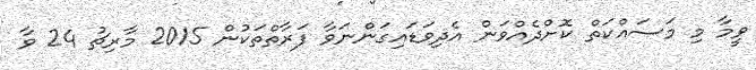
ވީމާ މި މަސައްކަތް ކޮށްދެއްވަން އެދިވަޑައިގަންނަވާ ފަރާތްތަކުން 2015 މާރިޗު 24 ވާ